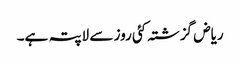
ریاض گزشتہ کئی روز سے لاپتہ ہے۔